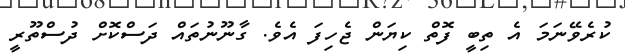
ކުރެވޭނަމަ އެ ތިބީ ފޮތް ކިޔަން ޖެހިފަ އެވެ. ގާނޫނުތައް ދަސްކޮށް ދުސްތޫރީ